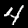
Label: 4